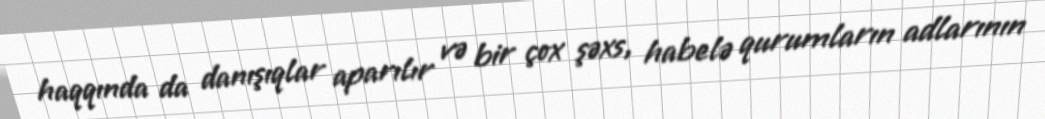
haqqında da danışıqlar aparılır və bir çox şəxs, habelə qurumların adlarının